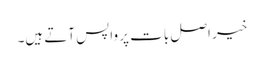
خیر اصل بات پر واپس آتے ہیں۔